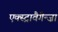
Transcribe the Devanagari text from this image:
एक्स्ट्रावैगैन्ज़ा